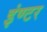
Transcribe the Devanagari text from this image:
इंण्टर